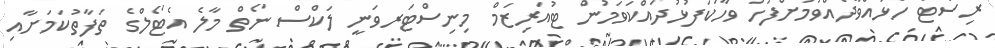
ރިސޯޓު ހުޅުއްވާދެއްވުމަށްފަހު ވާހަކަފުޅުދައްކަވަމުން ޓުއަރިޒަމް މިނިސްޓަރވަނީ ލަކްސް ނޯތް މާލެ އެޓޯލްގެ ތަފާތުކަމަށާއި